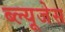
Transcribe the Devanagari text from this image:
ब्ल्यूजेस